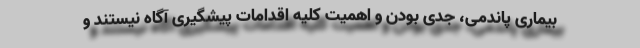
بیماری پاندمی، جدی بودن و اهمیت کلیه اقدامات پیشگیری آگاه نیستند و